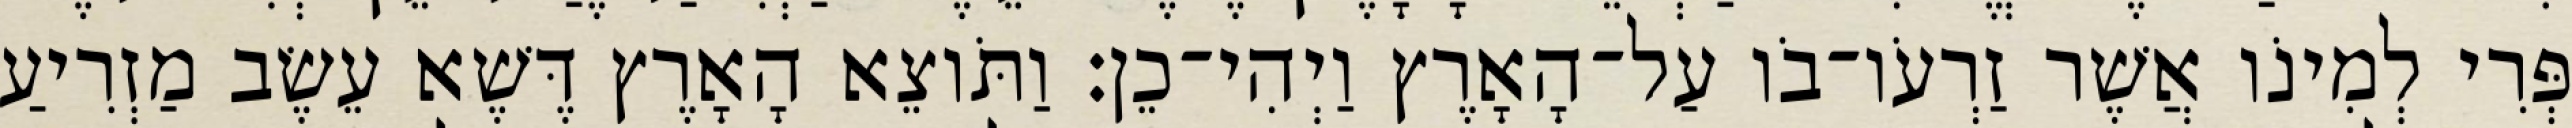
פְּרִי לְמִינֹו אֲשֶׁר זַרְעֹו־בֹו עַל־הָאָרֶץ וַיְהִי־כֵן׃ וַתֹּוצֵא הָאָרֶץ דֶּשֶׁא עֵשֶׂב מַזְרִיעַ